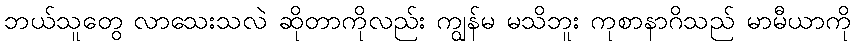
ဘယ်သူတွေ လာသေးသလဲ ဆိုတာကိုလည်း ကျွန်မ မသိဘူး ကုစာနာဂိသည် မာမီယာကို